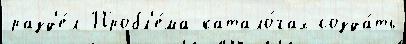
разд'е́л Пробл'е́ма катало́гах созда́ть